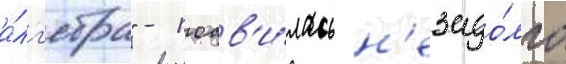
а́лг'ебра" - поав'и́лась н'езадо́лго